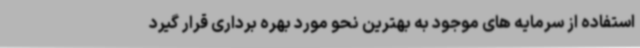
استفاده از سرمایه های موجود به بهترین نحو مورد بهره برداری قرار گیرد